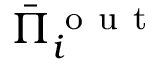
\bar { \Pi } _ { i } ^ { \mathrm { ~ o ~ u ~ t ~ } }